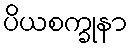
ပိယစက္ခုနာ